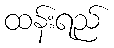
ထန်းရည်